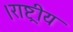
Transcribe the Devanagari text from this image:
।राष्ट्रीय